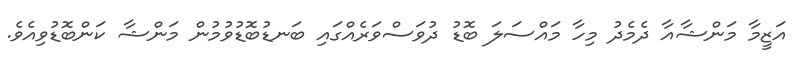
އަޒީމާ މަންޝާއާ ދެމެދު މިހާ މައްސަލަ ބޮޑު ދުވަސްވަރެއްގައި ބަނޑުބޮޑުވުމުން މަންޝާ ކަންބޮޑުވިއެވެ.